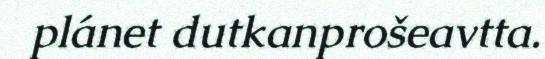
plánet dutkanprošeavtta.